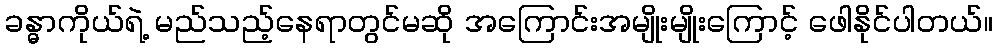
ခန္ဓာကိုယ်ရဲ့ မည်သည့်နေရာတွင်မဆို အကြောင်းအမျိုးမျိုးကြောင့် ဖေါနိုင်ပါတယ်။